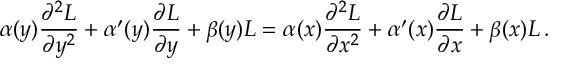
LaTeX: \alpha ( y ) { \frac { \partial ^ { 2 } L } { \partial y ^ { 2 } } } + \alpha ^ { \prime } ( y ) { \frac { \partial L } { \partial y } } + \beta ( y ) L = \alpha ( x ) { \frac { \partial ^ { 2 } L } { \partial x ^ { 2 } } } + \alpha ^ { \prime } ( x ) { \frac { \partial L } { \partial x } } + \beta ( x ) L \, .